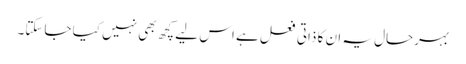
بہرحال یہ ان کا ذاتی فعل ہے اس لیے کچھ بھی نہیں کیا جاسکتا۔